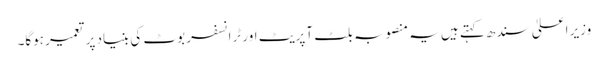
وزیرِ اعلیٰ سندھ کہتے ہیں یہ منصوبہ بلٹ آپریٹ اور ٹرانسفر بوٹ کی بنیاد پر تعمیر ہوگا۔